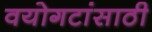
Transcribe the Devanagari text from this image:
वयोगटांसाठी